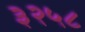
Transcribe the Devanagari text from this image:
३२५८